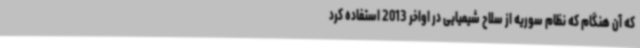
که آن هنگام که نظام سوریه از سلاح شیمیایی در اواخر 2013 استفاده کرد